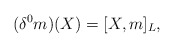
\begin{align*}(\delta^{0}m)(X)=[X,m]_{L},\end{align*}